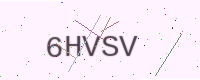
Text: 6HVSV